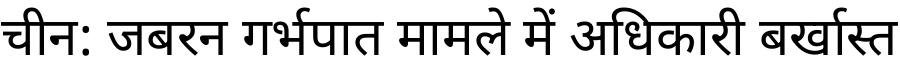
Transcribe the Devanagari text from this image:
चीन: जबरन गर्भपात मामले में अधिकारी बर्खास्त